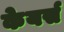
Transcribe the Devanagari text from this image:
केयर्स